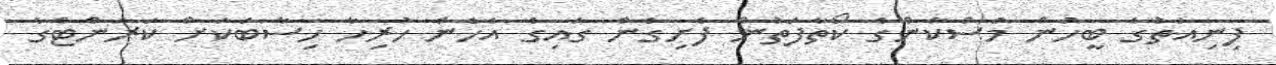
ފިނިއަތުގެ ބީހުން މުސްކާންގެ ކޯތާފަތުން ފެށިގެން ގައިގެ އެހެން ހުރިހާ ހިސާބަކަށް ކަރަންޓްގެ